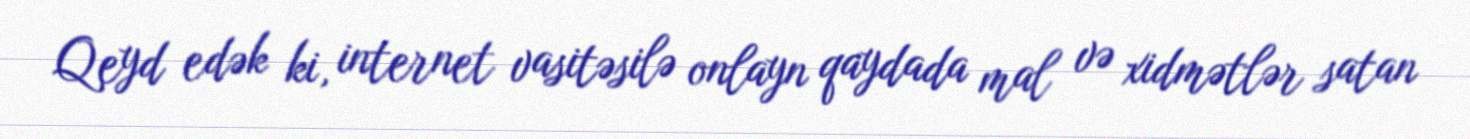
Qeyd edək ki, internet vasitəsilə onlayn qaydada mal və xidmətlər satan